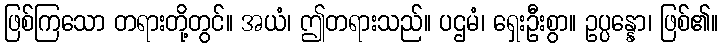
ဖြစ်ကြသော တရားတို့တွင်။ အယံ၊ ဤတရားသည်။ ပဌမံ၊ ရှေးဦးစွာ။ ဥပ္ပန္နော၊ ဖြစ်၏။